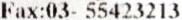
FAX:03- 55423213